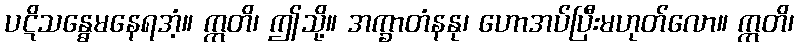
ပဋိသန္ဓေမနေရအံ့။ ဣတိ၊ ဤသို့။ အက္ခာတံနနု၊ ဟောအပ်ပြီးမဟုတ်လော။ ဣတိ၊